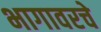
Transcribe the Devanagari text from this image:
भागावरचे